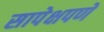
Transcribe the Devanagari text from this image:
सापेक्षपणे